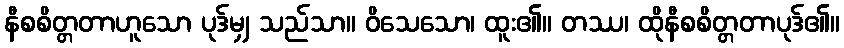
နီစစိတ္တတာဟူသော ပုဒ်မျှ သည်သာ။ ဝိသေသော၊ ထူး၏။ တဿ၊ ထိုနီစစိတ္တတာပုဒ်၏။